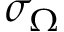
\sigma _ { \Omega }